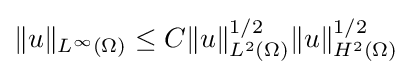
\displaystyle \|u\|_{L^{\infty }(\Omega )}\leq C\|u\|_{L^{2}(\Omega )}^{1/2}\|u\|_{H^{2}(\Omega )}^{1/2}